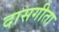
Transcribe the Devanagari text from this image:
दासगीता